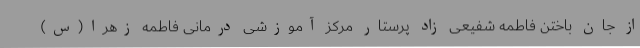
از جان باختن فاطمه شفیعی زاد پرستار مرکز آموزشی درمانی فاطمه زهرا(س)